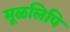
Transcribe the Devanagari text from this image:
मूळलिपि